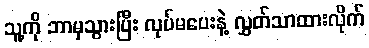
သူ့ကို ဘာမှသွားပြီး လုပ်မပေးနဲ့ လွှတ်သာထားလိုက်